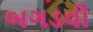
બગડવી